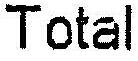
TOTAL